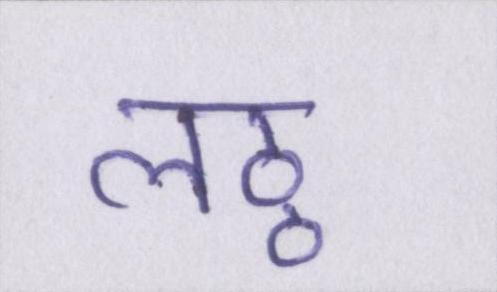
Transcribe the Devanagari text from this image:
लठ्ठ